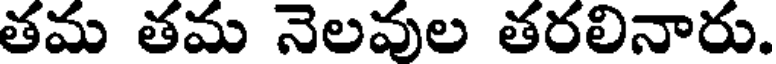
తమ తమ నెలవుల తరలినారు.